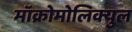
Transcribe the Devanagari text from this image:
मॉक्रोमोलिक्युल